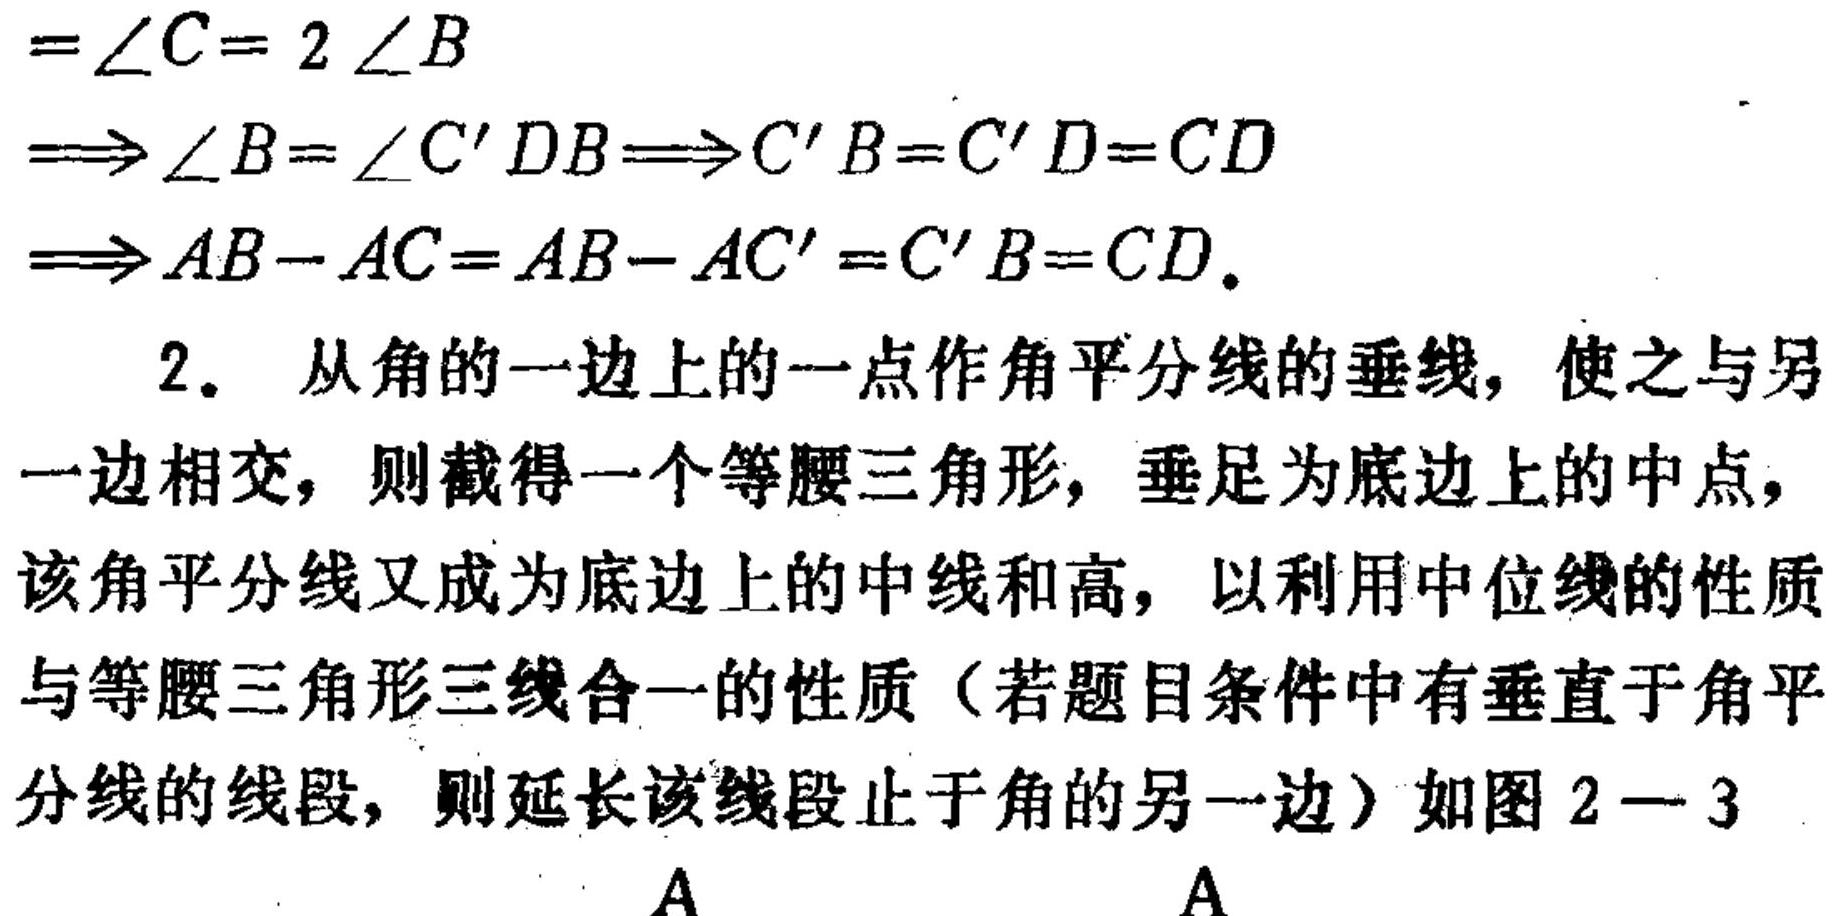
\(=\angle C = 2\angle B\)
\(\Longrightarrow\angle B=\angle C'DB\Longrightarrow C'B = C'D = CD\)
\(\Longrightarrow AB - AC=AB - AC'=C'B = CD.\)
2. 从角的一边上的一点作角平分线的垂线，使之与另一边相交，则截得一个等腰三角形，垂足为底边上的中点，该角平分线又成为底边上的中线和高，以利用中位线的性质与等腰三角形三线合一的性质（若题目条件中有垂直于角平分线的线段，则延长该线段止于角的另一边）如图 \(2 - 3\)